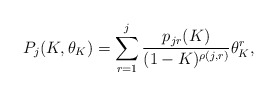
\begin{align*} P_j(K,\theta_K) = \sum_{r = 1}^j \frac{p_{jr}(K)}{(1-K)^{\rho(j,r)}}\theta_K^r,\end{align*}